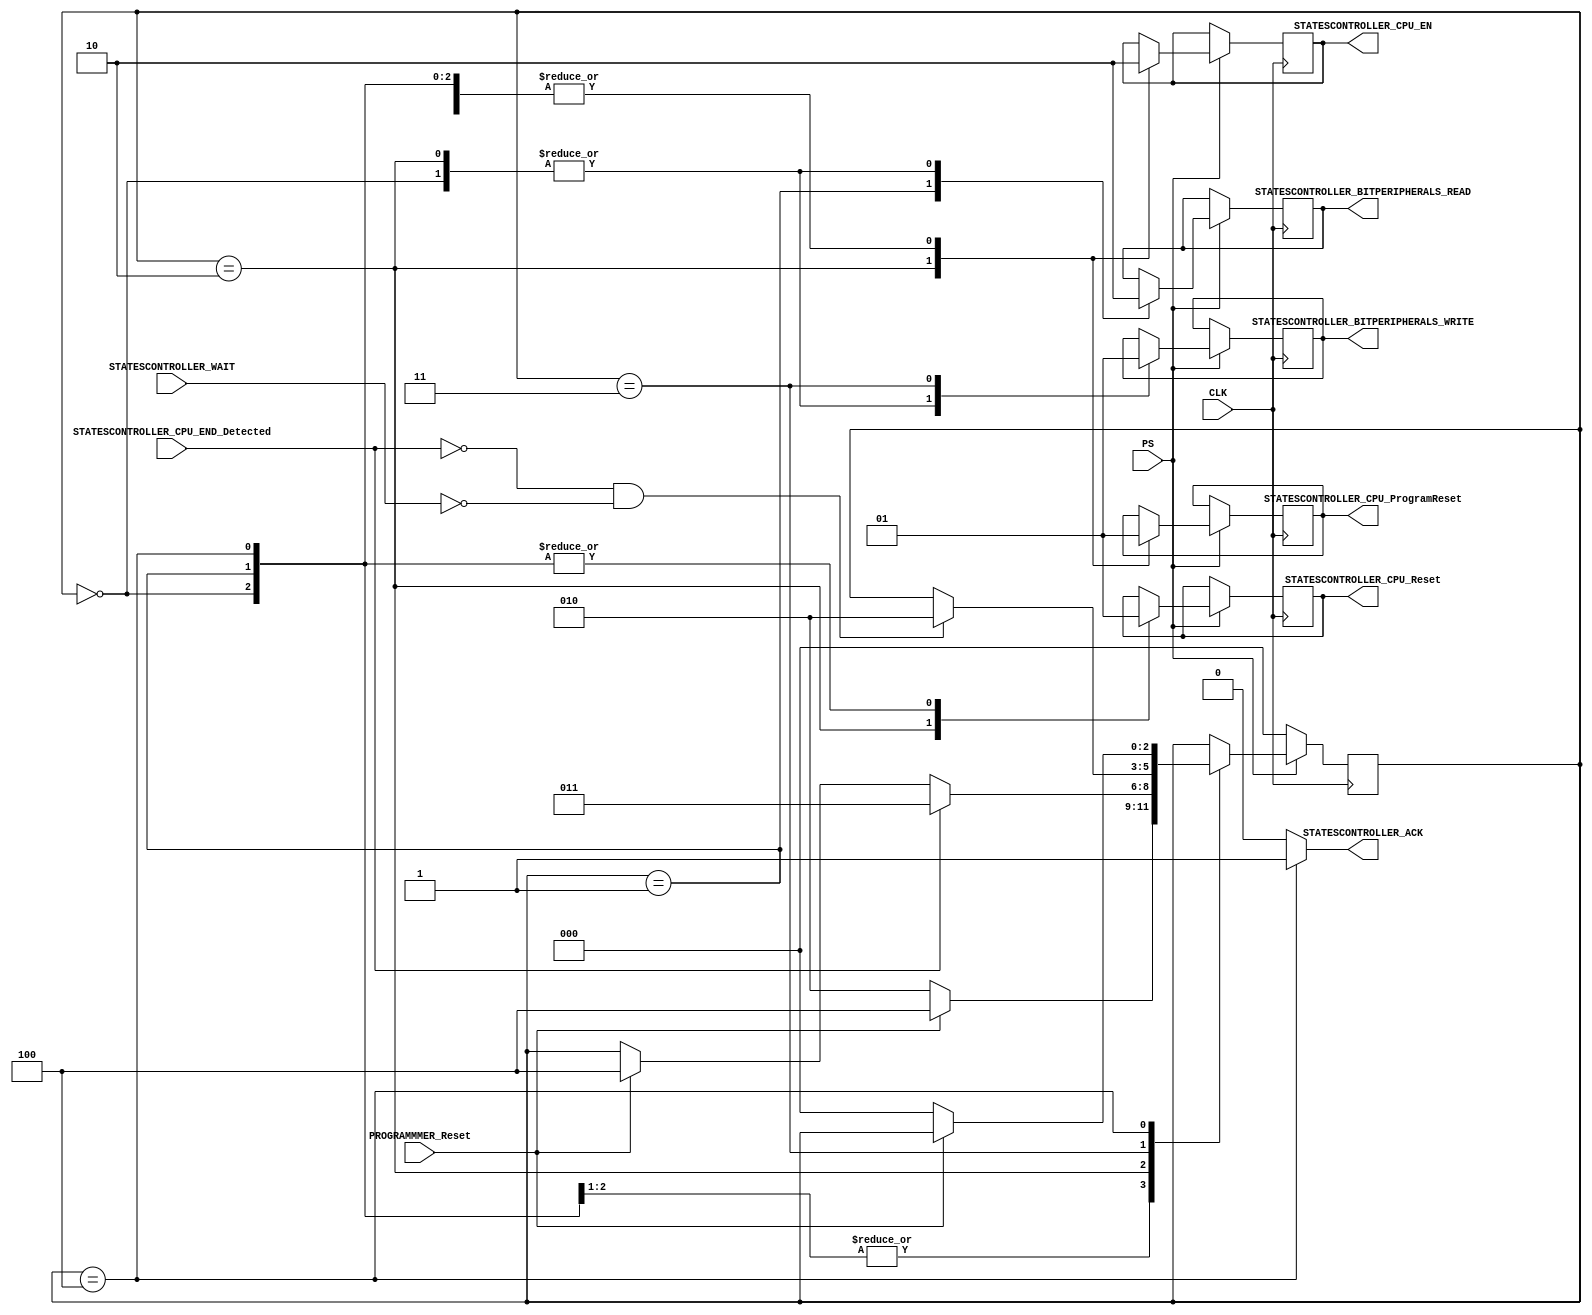
module STATES_CONTROLLER
(
	input wire	CLK,
	input wire 	PS,

	input wire 	PROGRAMMMER_Reset,
	
	input wire	STATESCONTROLLER_WAIT,							//Stop for diagnostics
	input wire	STATESCONTROLLER_CPU_END_Detected,	//Trigger for diagnostics
	
	output reg 	STATESCONTROLLER_CPU_ProgramReset,
	output reg 	STATESCONTROLLER_CPU_Reset,
	output reg 	STATESCONTROLLER_CPU_EN,
	
	output reg	STATESCONTROLLER_BITPERIPHERALS_READ,
	output reg	STATESCONTROLLER_BITPERIPHERALS_WRITE,
	
	//Ack:
	output wire STATESCONTROLLER_ACK
);

reg [2:0] _state_machine;

parameter INIT  						= 3'b000;	//StartUp
parameter BEGIN						 	= 3'b001;	//Work
parameter WORK  						= 3'b010;	//Work
parameter END   						= 3'b011;	//Work
parameter PROGRAMMING_RESET = 3'b100;

assign STATESCONTROLLER_ACK = (_state_machine == PROGRAMMING_RESET) ? 1'b1 : 1'b0;

always @(posedge CLK)
if(!PS)
	_state_machine <= 0;
else
begin
	case(_state_machine)
	INIT:
	begin
		STATESCONTROLLER_BITPERIPHERALS_READ		<= 1'b0;
		STATESCONTROLLER_BITPERIPHERALS_WRITE 	<= 1'b0;
		//
		STATESCONTROLLER_CPU_Reset 							<= 1'b1;
		STATESCONTROLLER_CPU_EN  								<= 1'b0;	
		STATESCONTROLLER_CPU_ProgramReset 			<= 1'b1;
		
		if(PROGRAMMMER_Reset)
			_state_machine = PROGRAMMING_RESET;
		else
			_state_machine = WORK;
	end
	BEGIN:
	begin
		STATESCONTROLLER_BITPERIPHERALS_READ <= 1'b1; 
		//
		STATESCONTROLLER_CPU_Reset 					 <= 1'b1;
		STATESCONTROLLER_CPU_EN  						 <= 1'b0;	
		STATESCONTROLLER_CPU_ProgramReset 	 <= 1'b1;
		
		if(PROGRAMMMER_Reset)
			_state_machine = PROGRAMMING_RESET;
		else
			_state_machine = WORK;
	end
	WORK:
	begin
		STATESCONTROLLER_BITPERIPHERALS_WRITE 	<= 1'b0;
		STATESCONTROLLER_BITPERIPHERALS_READ 		<= 1'b0; 
		//
		STATESCONTROLLER_CPU_Reset 			 				<= 1'b0;
		STATESCONTROLLER_CPU_EN  				 				<= 1'b1;	
		STATESCONTROLLER_CPU_ProgramReset 	 		<= 1'b0;
		
		if(STATESCONTROLLER_CPU_END_Detected)
			_state_machine = END;
		else if(PROGRAMMMER_Reset)
			_state_machine = PROGRAMMING_RESET;
	end
	END:
	begin
		STATESCONTROLLER_BITPERIPHERALS_WRITE 	<= 1'b1;
		//
		STATESCONTROLLER_CPU_EN 			 	 		 		<= 1'b0;
		STATESCONTROLLER_CPU_ProgramReset  	 		<= 1'b1;	
		
		if(!STATESCONTROLLER_CPU_END_Detected && !STATESCONTROLLER_WAIT)
			_state_machine = WORK; 
	end
	
	
	/* --------------------------------------------------------------------------------------- */
	//																		    INPUTS
	/* ----------------------------------------------------------------------------------------*/

	
	PROGRAMMING_RESET:	//Programming:
	begin
		STATESCONTROLLER_CPU_Reset 			 		<= 1'b1;
		STATESCONTROLLER_CPU_EN  				 		<= 1'b0;	
		STATESCONTROLLER_CPU_ProgramReset 	<= 1'b1;
		
		if(!PROGRAMMMER_Reset)
			_state_machine = INIT;
	end
	endcase
end

endmodule